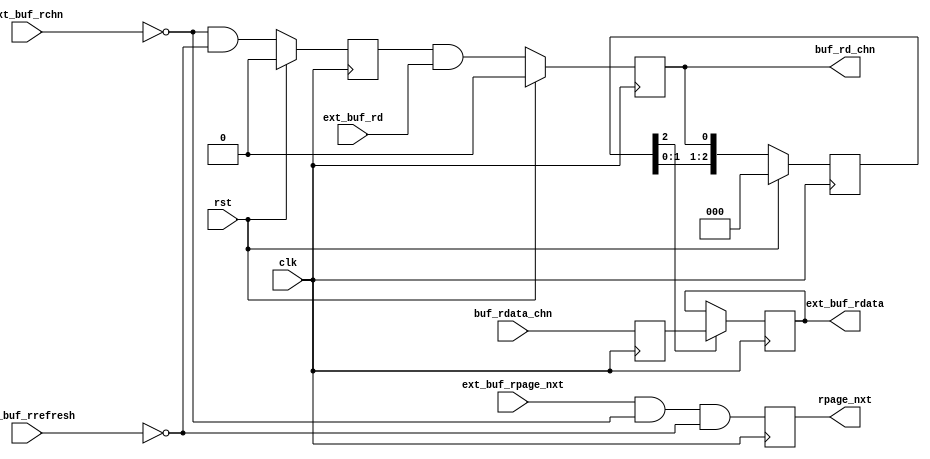
/*!
 * <b>Module:</b>mcont_from_chnbuf_reg
 * @file mcont_from_chnbuf_reg.v
 * @date 2015-01-19  
 * @author Andrey Filippov     
 *
 * @brief Registering data from channel buffer to memory controller
 *
 * @copyright Copyright (c) 2015 Elphel, Inc.
 *
 * <b>License:</b>
 *
 * mcont_from_chnbuf_reg.v is free software; you can redistribute it and/or modify
 * it under the terms of the GNU General Public License as published by
 * the Free Software Foundation, either version 3 of the License, or
 * (at your option) any later version.
 *
 *  mcont_from_chnbuf_reg.v is distributed in the hope that it will be useful,
 * but WITHOUT ANY WARRANTY; without even the implied warranty of
 * MERCHANTABILITY or FITNESS FOR A PARTICULAR PURPOSE.  See the
 * GNU General Public License for more details.
 *
 * You should have received a copy of the GNU General Public License
 * along with this program.  If not, see <http://www.gnu.org/licenses/> .
 *
 * Additional permission under GNU GPL version 3 section 7:
 * If you modify this Program, or any covered work, by linking or combining it
 * with independent modules provided by the FPGA vendor only (this permission
 * does not extend to any 3-rd party modules, "soft cores" or macros) under
 * different license terms solely for the purpose of generating binary "bitstream"
 * files and/or simulating the code, the copyright holders of this Program give
 * you the right to distribute the covered work without those independent modules
 * as long as the source code for them is available from the FPGA vendor free of
 * charge, and there is no dependence on any encrypted modules for simulating of
 * the combined code. This permission applies to you if the distributed code
 * contains all the components and scripts required to completely simulate it
 * with at least one of the Free Software programs.
 */
`timescale 1ns/1ps

module  mcont_from_chnbuf_reg #(
    parameter CHN_NUMBER=0,
    parameter CHN_LATENCY=2 // 0 - no extra latency in extrenal BRAM - data available next cycle after regen (1 extra from ren)
)(
    input rst,
    input clk,
    input                       ext_buf_rd,
    input                 [3:0] ext_buf_rchn,  // ==run_chn_d valid 1 cycle ahead opf ext_buf_rd!, maybe not needed - will be generated externally
    input                       ext_buf_rrefresh,
    input                       ext_buf_rpage_nxt,
    output reg           [63:0] ext_buf_rdata, // Latency of ram_1kx32w_512x64r plus 2
    output reg                  buf_rd_chn,
    output reg                  rpage_nxt,
    input                [63:0] buf_rdata_chn
);
    reg                  [63:0] buf_rdata_chn_r; /// *** temporary register to delay buffer read data - may be used to implement multi-clock mux to ease timing
    reg                         buf_chn_sel;
    reg [CHN_LATENCY:0] latency_reg=0;
//    always @ (posedge rst or posedge clk) begin
    always @ (posedge clk) begin
        if (rst) buf_chn_sel <= 0;
        else     buf_chn_sel <= (ext_buf_rchn==CHN_NUMBER) && !ext_buf_rrefresh;
        
        if (rst) buf_rd_chn <= 0;
        else     buf_rd_chn <= buf_chn_sel && ext_buf_rd;
 
        if (rst) latency_reg<= 0;
        else     latency_reg <= {latency_reg[CHN_LATENCY-1:0], buf_rd_chn};
        
    end
    always @ (posedge clk)  buf_rdata_chn_r <= buf_rdata_chn; // THIS WILL BE REPLACED BY MULTI-CYCLE MUX
    always @ (posedge clk) if (latency_reg[CHN_LATENCY])  ext_buf_rdata <= buf_rdata_chn_r;
    always @ (posedge clk)  rpage_nxt <= ext_buf_rpage_nxt && (ext_buf_rchn==CHN_NUMBER) && !ext_buf_rrefresh;

    
endmodule